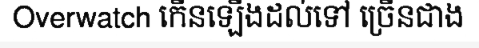
Overwatch កើនឡើងដល់ទៅ ច្រើនជាង